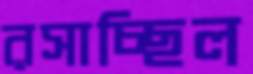
রসাচ্ছিল